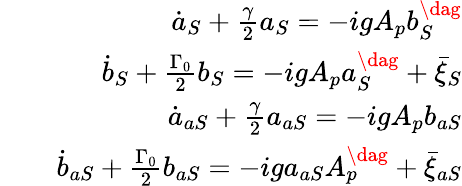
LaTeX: \begin{array}{rlr}&{}&{\dot{a}_{S}+\frac{\gamma}{2}a_{S}=-igA_{p}b_{S}^{\dag}}\\ &{}&{\dot{b}_{S}+\frac{\Gamma_{0}}{2}b_{S}=-igA_{p}a_{S}^{\dag}+\bar{\xi}_{S}}\\ &{}&{\dot{a}_{aS}+\frac{\gamma}{2}a_{aS}=-igA_{p}b_{aS}}\\ &{}&{\dot{b}_{aS}+\frac{\Gamma_{0}}{2}b_{aS}=-iga_{aS}A_{p}^{\dag}+\bar{\xi}_{aS}}\end{array}